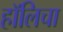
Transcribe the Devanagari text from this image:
हॉलिचा